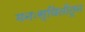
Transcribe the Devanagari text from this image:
मनःस्थितीतून